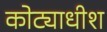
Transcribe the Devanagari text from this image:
कोट्याधीश